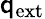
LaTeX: \mathsf{q}_{\mathrm{{ext}}}